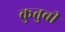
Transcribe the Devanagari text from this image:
कुतुबी